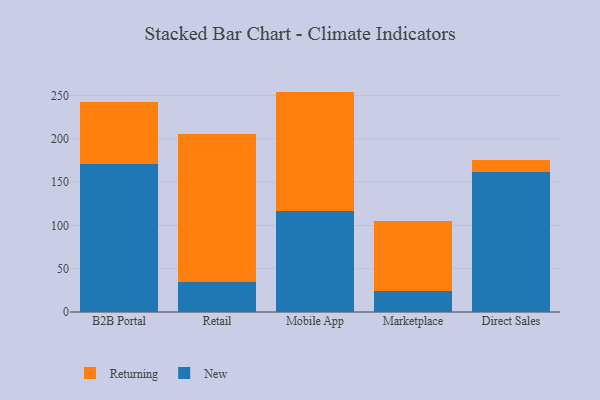
{"axis": {"x": "Channel", "y": "Conversion Rate (%)"}, "legend": ["New", "Returning"], "data": [{"x": "B2B Portal", "y": 171.1, "type": "New"}, {"x": "B2B Portal", "y": 71.6, "type": "Returning"}, {"x": "Retail", "y": 34.2, "type": "New"}, {"x": "Retail", "y": 171.0, "type": "Returning"}, {"x": "Mobile App", "y": 116.6, "type": "New"}, {"x": "Mobile App", "y": 137.9, "type": "Returning"}, {"x": "Marketplace", "y": 24.3, "type": "New"}, {"x": "Marketplace", "y": 80.5, "type": "Returning"}, {"x": "Direct Sales", "y": 161.1, "type": "New"}, {"x": "Direct Sales", "y": 14.3, "type": "Returning"}]}